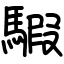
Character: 騢